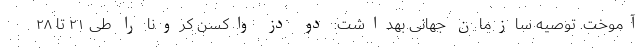
آموخت. توصیه سازمان جهانی بهداشت: دو دُز واکسن کرونا را طی ۲۱ تا ۲۸